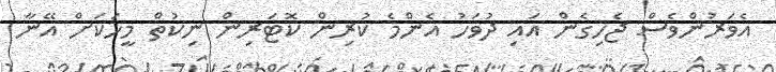
އެވަރުންވެސް ޖެހިގެން އައި ދުވަހު އެންމެ ކުރިން ކޮޓަރިން ނިކުތް މީހަކަށް އޭނާ